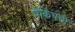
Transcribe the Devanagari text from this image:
पेकिंगची